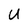
Character: U